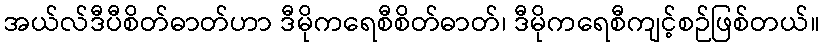
အယ်လ်ဒီပီစိတ်ဓာတ်ဟာ ဒီမိုကရေစီစိတ်ဓာတ်၊ ဒီမိုကရေစီကျင့်စဉ်ဖြစ်တယ်။